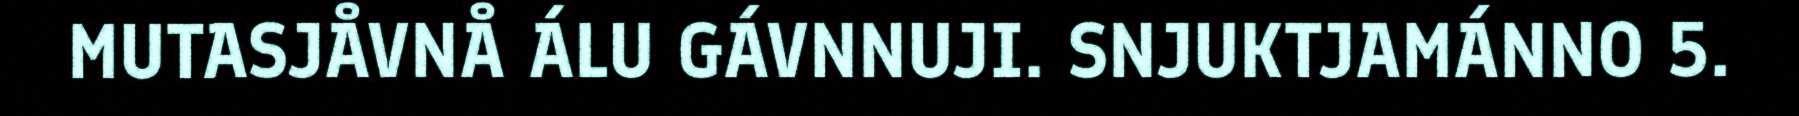
MUTASJÅVNÅ ÁLU GÁVNNUJI. SNJUKTJAMÁNNO 5.